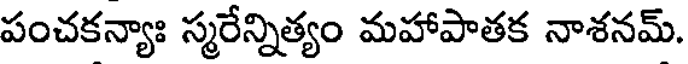
పంచకన్యాః స్మరేన్నిత్యం మహాపాతక నాశనమ్.